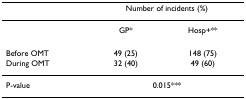
<table><thead><tr><td></td><td colspan="2"><b>Number of incidents (%)</b></td></tr></thead><tbody><tr><td></td><td>GP*</td><td>Hosp+**</td></tr><tr><td>Before OMT</td><td>49 (25)</td><td>148 (75)</td></tr><tr><td>During OMT</td><td>32 (40)</td><td>49 (60)</td></tr><tr><td>P-value</td><td colspan="2">0.015***</td></tr></tbody></table>